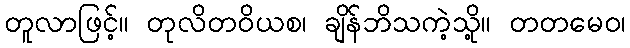
တူလာဖြင့်။ တုလိတဝိယစ၊ ချိန်ဘိသကဲ့သို့။ တတမေဝ၊